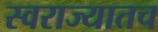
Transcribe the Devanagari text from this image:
स्वराज्यातच